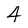
Character: 4